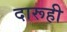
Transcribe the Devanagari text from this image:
दारूही